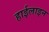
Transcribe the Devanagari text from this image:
हाईलाइन